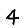
Digit: 4